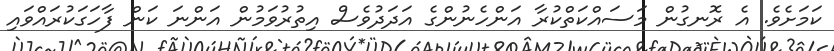
ކަމަށެވެ. އެ ރޮނގުން މަސައްކަތްކުރާ އަންހެނުންގެ އަދަދުވެސް އިތުރުވަމުން އަންނަ ކަން ފާހަގަކުރައްވައި